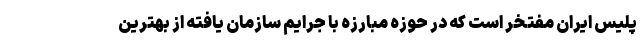
پلیس ایران مفتخر است که در حوزه مبارزه با جرایم سازمان یافته از بهترین